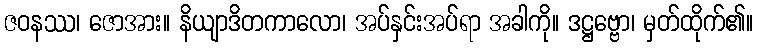
ဇဝနဿ၊ ဇောအား။ နိယျာဒိတကာလော၊ အပ်နှင်းအပ်ရာ အခါကို။ ဒဋ္ဌဗ္ဗော၊ မှတ်ထိုက်၏။